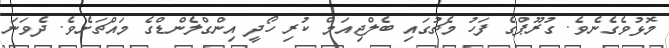
މޮޅުވެގެނެވެ. ގުރޫޕްގެ ފަހު މެޗުގައި ބެލްޖިއަމް ކުރި ހޯދީ އިންގްލެންޑްގެ މައްޗަށެވެ. ދެވަނަ